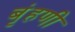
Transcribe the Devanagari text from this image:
बृंहणी